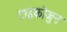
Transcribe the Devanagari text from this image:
टाइकोजुन